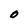
Character: O